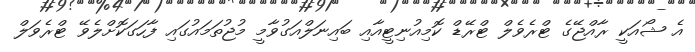
އެ ޝޯއަކީ ރާއްޖޭގެ ޓްރެވެލް ޓްރޭޑް ކޮމިއުނިޓީއާއި ބައިނަލްއަގުވާމީ މުޖުތަމައުގައި ފާހަގަކޮށްލެވޭ ޓްރެވަލް